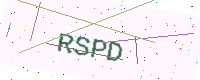
Text: RSPD